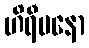
ဟိရီမနော